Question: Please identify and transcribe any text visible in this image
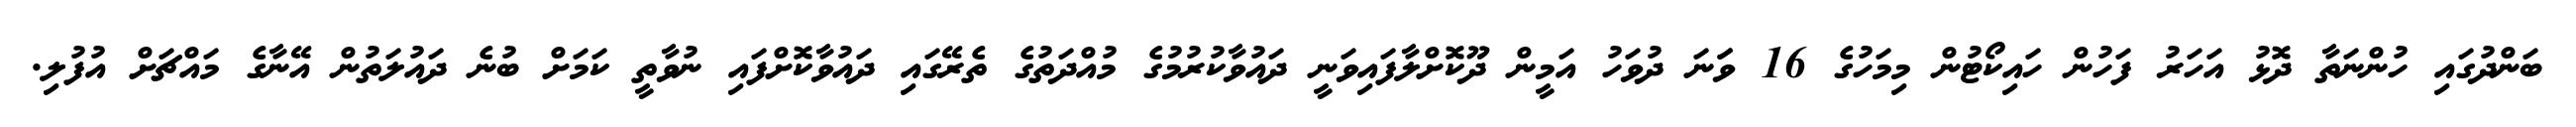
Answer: ބަންދުގައި ހުންނަތާ ދޮޅު އަހަރު ފަހުން ހައިކޯޓުން މިމަހުގެ 16 ވަަނަ ދުވަހު އަމީން ދޫކޮށްލާފައިވަނީ ދައުވާކުރުމުގެ މުއްދަތުގެ ތެރޭގައި ދައުވާކޮށްފައި ނުވާތީ ކަމަށް ބުނެ ދައުލަތުން އޭނާގެ މައްޗަށް އުފުލި.